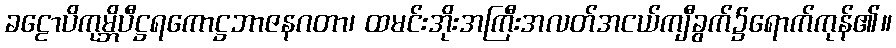
ခဠောပိကုမ္ဘိပီဋ္ဌရကောဋ္ဌဘာဇနဂတာ၊ ထမင်းအိုးအကြီးအလတ်အငယ်ကျီခွက်၌ရောက်ကုန်၏။